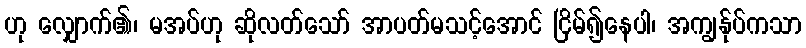
ဟု လျှောက်၏၊ မအပ်ဟု ဆိုလတ်သော် အာပတ်မသင့်အောင် ငြိမ်၍နေပါ၊ အကျွန်ုပ်ကသာ